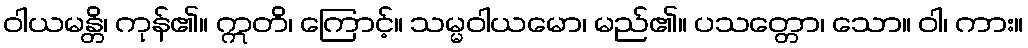
ဝါယမန္တိ၊ ကုန်၏။ ဣတိ၊ ကြောင့်။ သမ္မဝါယမော၊ မည်၏။ ပသတ္တော၊ သော။ ဝါ၊ ကား။